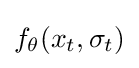
f_{\theta }(x_{t},\sigma _{t})